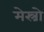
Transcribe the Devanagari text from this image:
मेस्त्रो